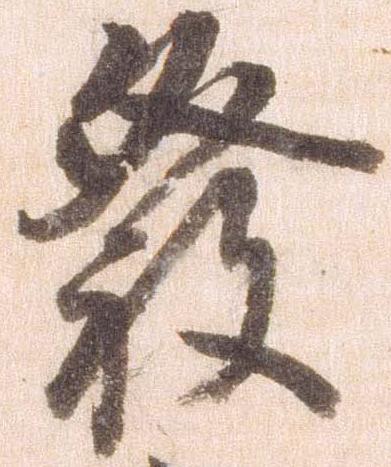
発